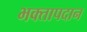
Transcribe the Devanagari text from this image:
भक्तापदान